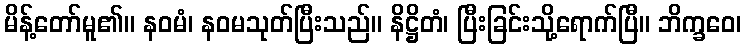
မိန့်တော်မူ၏။ နဝမံ၊ နဝမသုတ်ပြီးသည်။ နိဋ္ဌိတံ၊ ပြီးခြင်းသို့ရောက်ပြီ။ ဘိက္ခဝေ၊